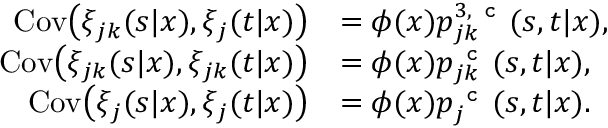
\begin{array} { r l } { \mathrm { C o v } \big ( \xi _ { j k } ( s | x ) , \xi _ { j } ( t | x ) \big ) } & { = \phi ( x ) p _ { j k } ^ { 3 , \texttt { c } } ( s , t | x ) , } \\ { \mathrm { C o v } \big ( \xi _ { j k } ( s | x ) , \xi _ { j k } ( t | x ) \big ) } & { = \phi ( x ) p _ { j k } ^ { \texttt { c } } ( s , t | x ) , } \\ { \mathrm { C o v } \big ( \xi _ { j } ( s | x ) , \xi _ { j } ( t | x ) \big ) } & { = \phi ( x ) p _ { j } ^ { \texttt { c } } ( s , t | x ) . } \end{array}